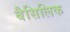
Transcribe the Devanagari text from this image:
बैसिलिक